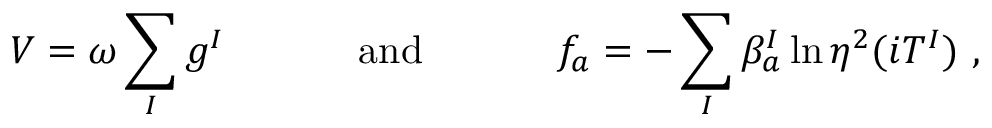
V = \omega \sum _ { I } g ^ { I } ~ ~ ~ ~ ~ ~ ~ ~ ~ ~ \mathrm { a n d } ~ ~ ~ ~ ~ ~ ~ ~ ~ ~ f _ { a } = - \sum _ { I } \beta _ { a } ^ { I } \ln \eta ^ { 2 } ( i T ^ { I } ) ~ ,